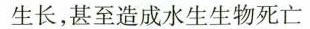
生长，甚至造成水生生物死亡